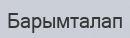
Барымталап